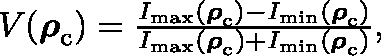
\begin{array} { r } { V ( \boldsymbol { \mathbf { \rho } } _ { \mathrm { c } } ) = \frac { I _ { \mathrm { m a x } } ( \boldsymbol { \mathbf { \rho } } _ { \mathrm { c } } ) - I _ { \mathrm { m i n } } ( \boldsymbol { \mathbf { \rho } } _ { \mathrm { c } } ) } { I _ { \mathrm { m a x } } ( \boldsymbol { \mathbf { \rho } } _ { \mathrm { c } } ) + I _ { \mathrm { m i n } } ( \boldsymbol { \mathbf { \rho } } _ { \mathrm { c } } ) } , } \end{array}